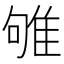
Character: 雊